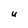
Character: U